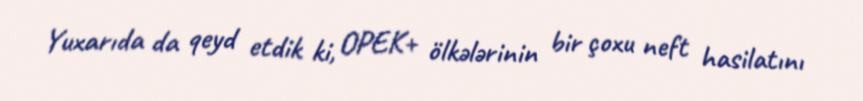
Yuxarıda da qeyd etdik ki, OPEK+ ölkələrinin bir çoxu neft hasilatını